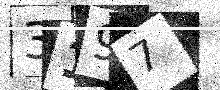
Text: 3197